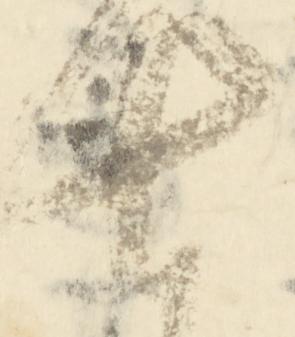
七